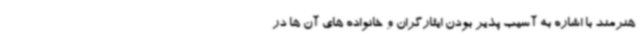
هنرمند با اشاره به آسیب پذیر بودن ایثارگران و خانواده های آن ها در